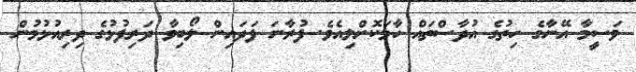
ވަސީމާ އޭނާގެ ހިތުގެ އުދާސްތައް ހާމަކޮށްލިއެވެ. ފުރާނަ ފަދައިން ލޯބިވާ ދަރިފުޅުގެ ދިރިއުޅުމުން